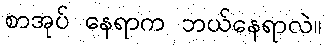
စာအုပ် နေရာက ဘယ်နေရာလဲ။